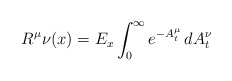
\begin{align*}R^{\mu}\nu(x)=E_{x}\int_{0}^{\infty} e^{-A^{\mu}_{t}}\,dA^{\nu}_t\end{align*}